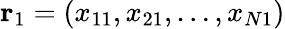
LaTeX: \mathbf{r}_{1}=(x_{11},x_{21},\dots,x_{N1})